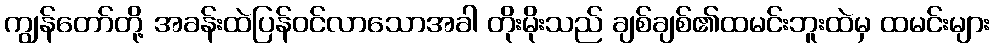
ကျွန်တော်တို့ အခန်းထဲပြန်ဝင်လာသောအခါ တိုးမိုးသည် ချစ်ချစ်၏ထမင်းဘူးထဲမှ ထမင်းများ